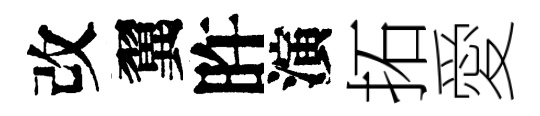
改翼旿演拓愛